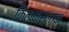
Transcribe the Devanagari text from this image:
किलमरनाक